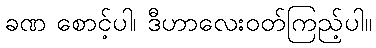
ခဏ စောင့်ပါ၊ ဒီဟာလေးဝတ်ကြည့်ပါ။